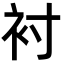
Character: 衬